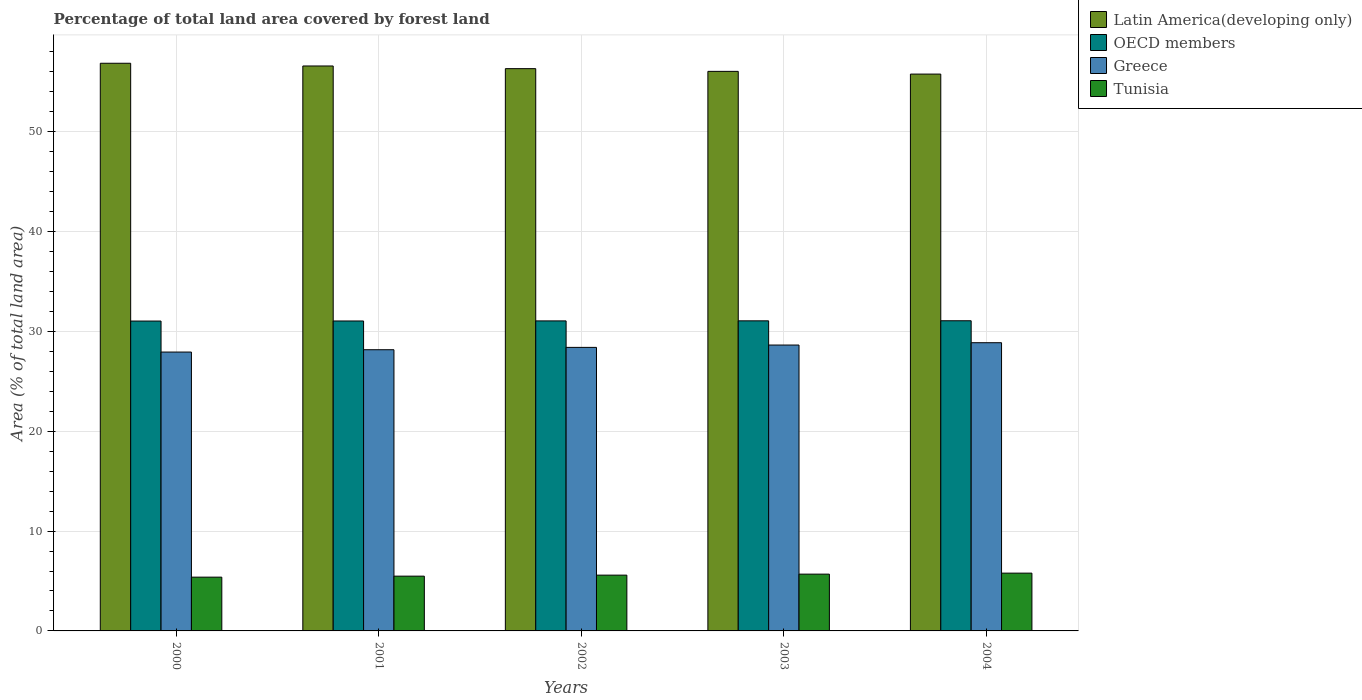
| Years | Latin America(developing only) | OECD members | Greece | Tunisia |
 | --- | --- | --- | --- | --- |
 | 2000 | 56.9 | 31 | 27.9 | 5.39 |
 | 2001 | 56.6 | 31.1 | 28.2 | 5.49 |
 | 2002 | 56.3 | 31.1 | 28.4 | 5.59 |
 | 2003 | 56.1 | 31.1 | 28.6 | 5.69 |
 | 2004 | 55.8 | 31.1 | 28.9 | 5.79 |